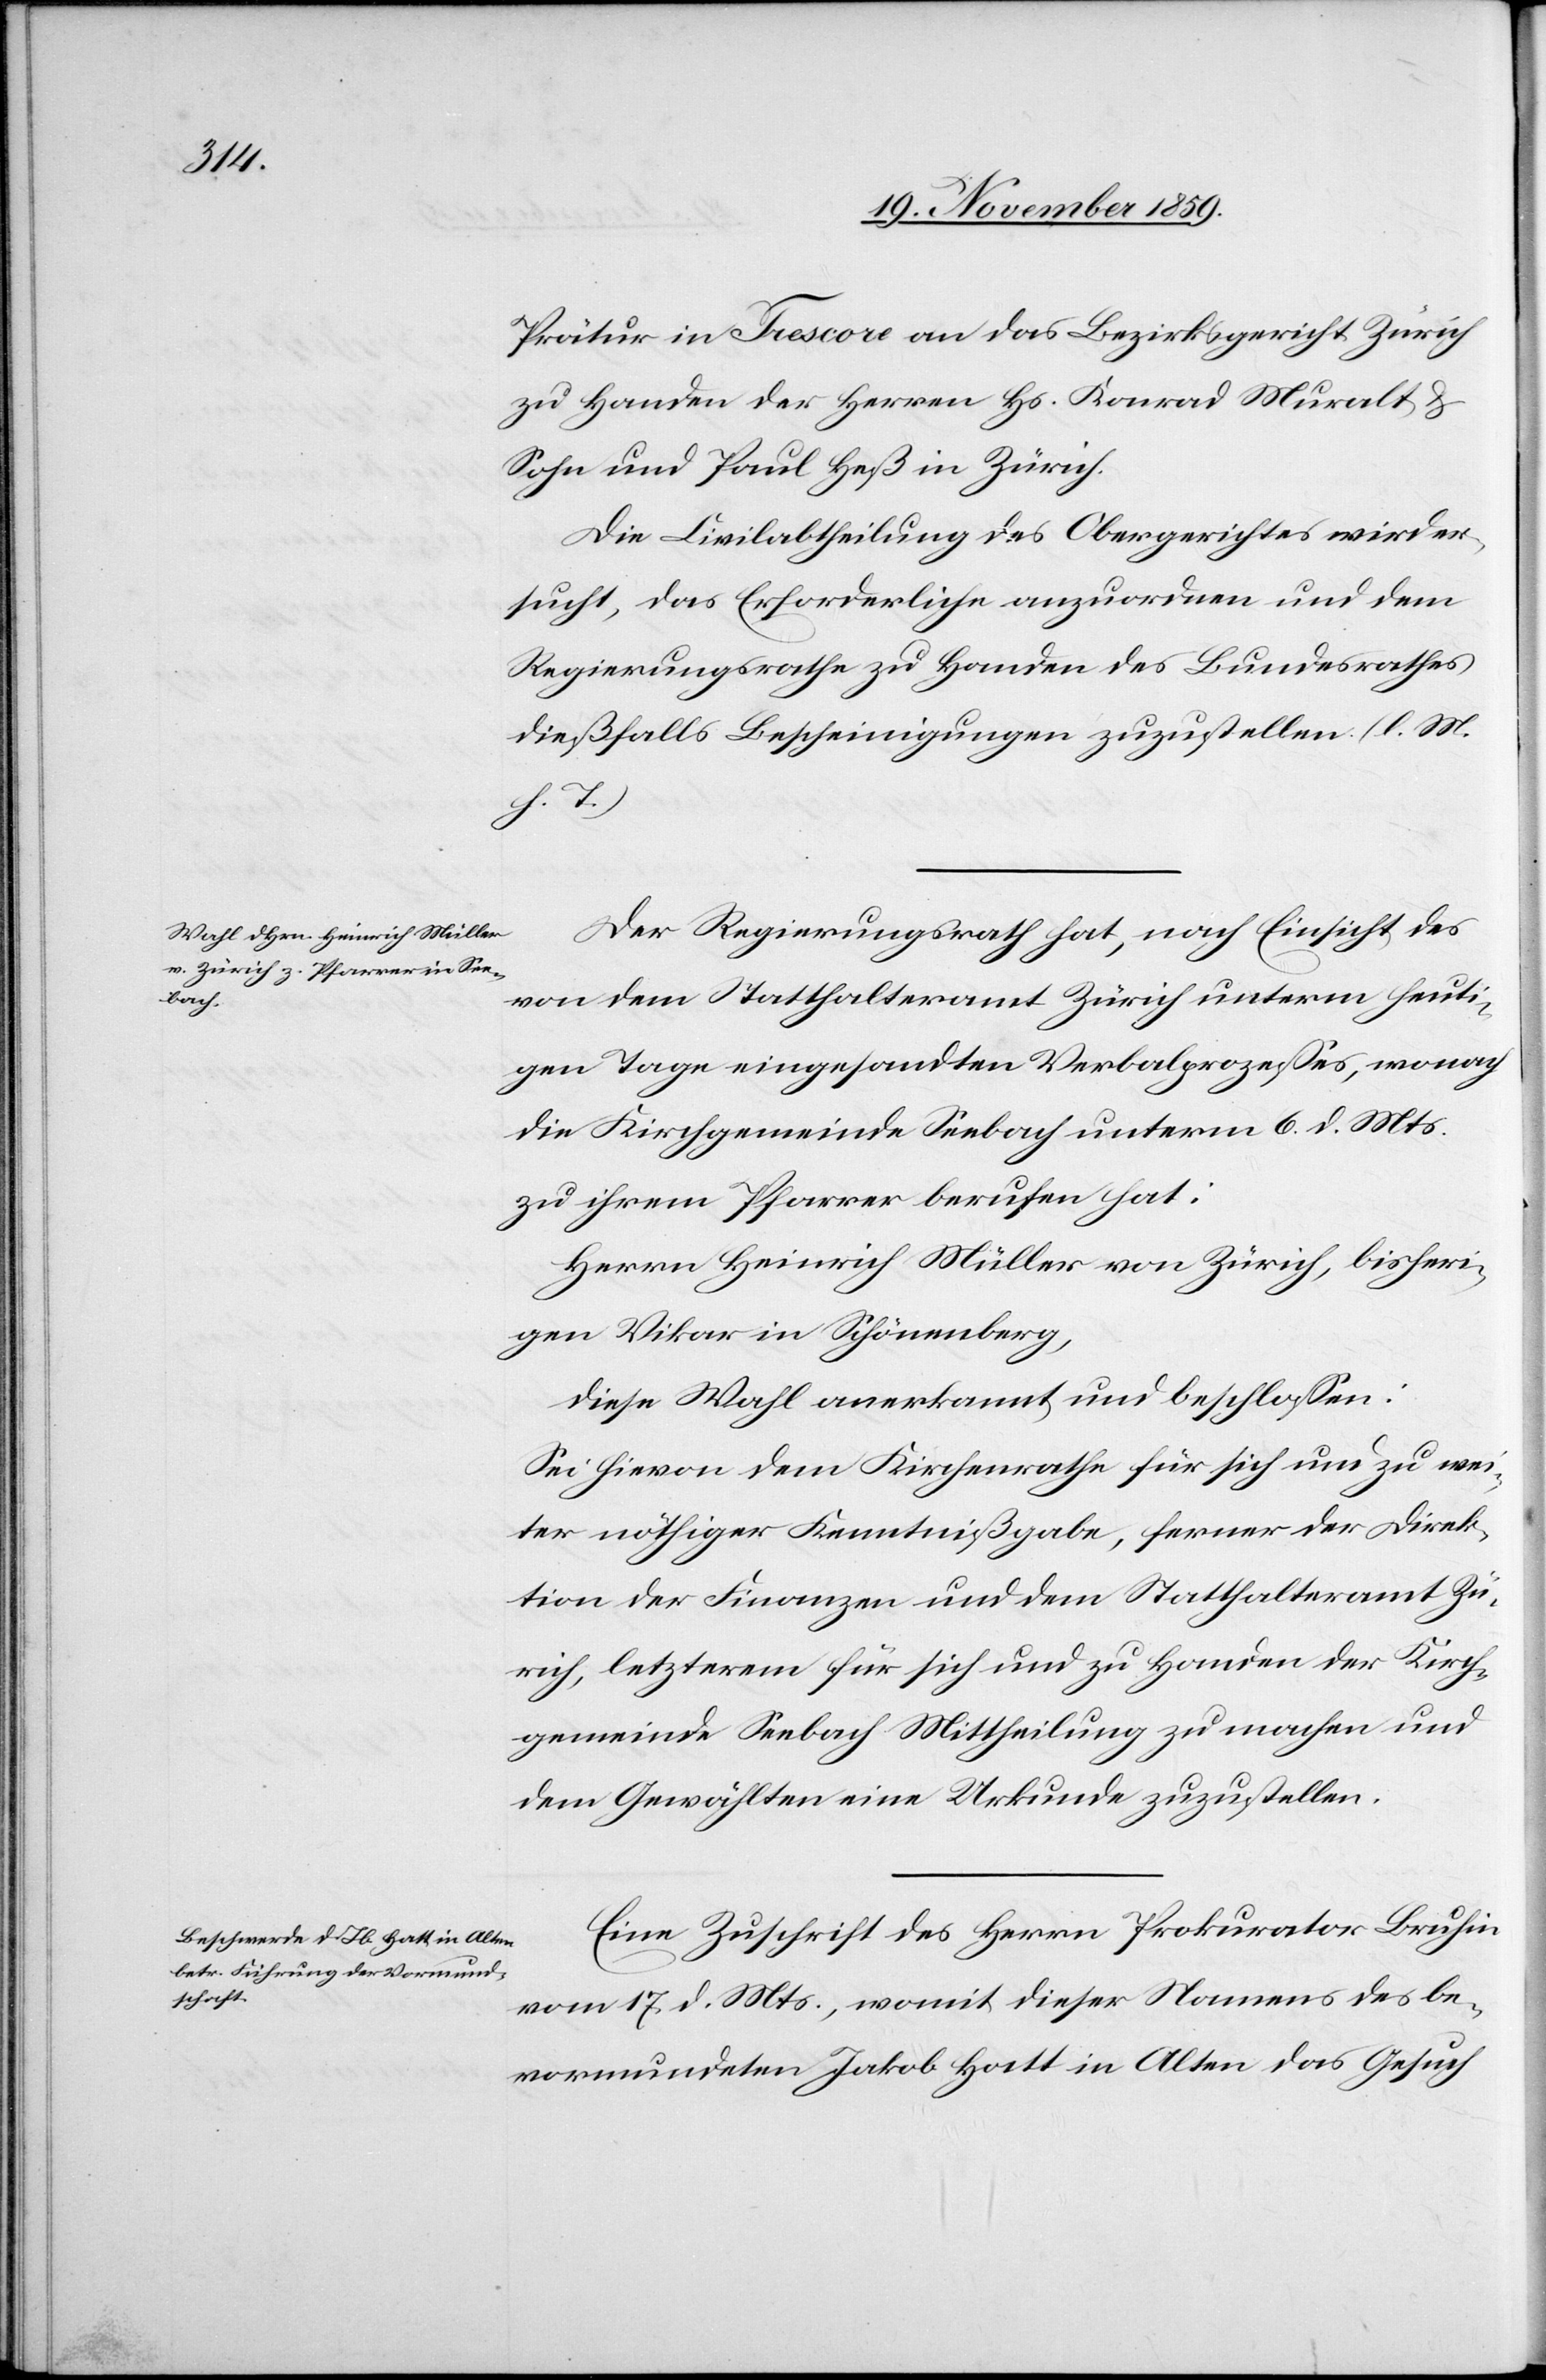
Prätur in Trescore an das Bezirksgericht Zürich
zu Handen der Herren Hs. Konrad Muralt &
Sohn und Paul Heß in Zürich.
Die Civilabtheilung des Obergerichtes wird er¬
sucht, das Erforderliche anzuordnen und dem
Regierungsrathe zu Handen des Bundesrathes
dießfalls Bescheinigungen zuzustellen. (l. M.
h. T.)
Der Regierungsrath hat, nach Einsicht des
von dem Statthalteramt Zürich unterm heuti¬
gen Tage eingesandten Verbalprozesses, wonach
die Kirchgemeinde Seebach unterm 6. d. Mts.
zu ihrem Pfarrer berufen hat:
Herrn Heinrich Müller von Zürich, bisheri¬
gen Vikar in Schönenberg,
diese Wahl anerkannt und beschlossen:
Sei hievon dem Kirchenrathe für sich und zu wei¬
ter nöthiger Kenntnißgabe, ferner der Direk¬
tion der Finanzen und dem Statthalteramt Zü¬
rich, letzterem für sich und zu Handen der Kirch¬
gemeinde Seebach Mittheilung zu machen und
dem Gewählten eine Urkunde zuzustellen.
Eine Zuschrift des Herrn Prokurator Bruhin
vom 17. d. Mts., womit dieser Namens des be¬
vormundeten Jakob Hatt in Alten das Gesuch